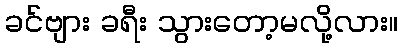
ခင်ဗျား ခရီး သွားတော့မလို့လား။